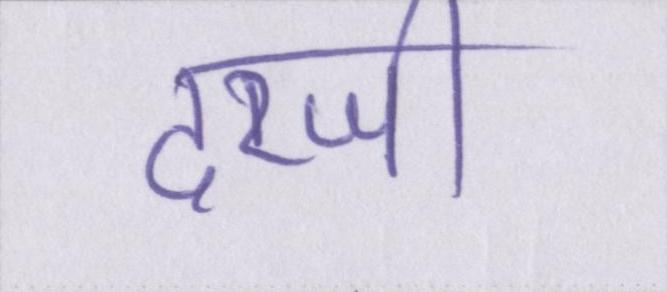
दरजी